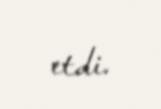
etdi.